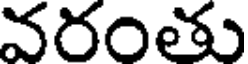
వరంతు